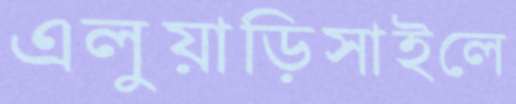
এলুয়াড়িসাইলে